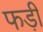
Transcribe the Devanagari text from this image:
फड़ी